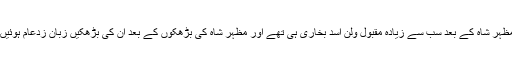
مظہر شاہ کے بعد سب سے زیادہ مقبول ولن اسد بخاری ہی تھے اور مظہر شاہ کی بڑھکوں کے بعد ان کی بڑھکیں زبان زدعام ہوئیں۔